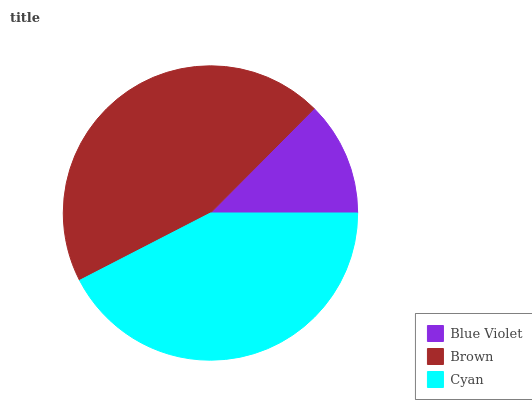
| Blue Violet | Brown | Cyan |
 | --- | --- | --- |
 | 12.5% | 45% | 42.5% |